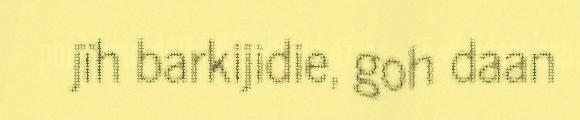
jïh barkijidie, goh daan